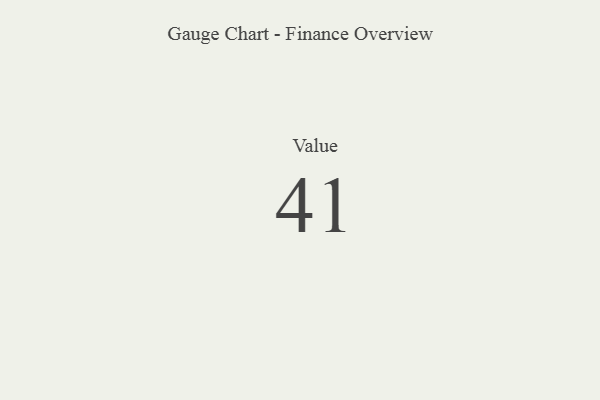
{"axis": {"x": "Metric", "y": "Value"}, "legend": [""], "data": [{"x": "Value", "y": 41, "type": ""}]}